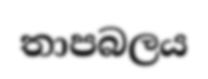
තාපබලය